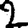
Digit: 2